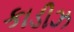
કાડીઝ